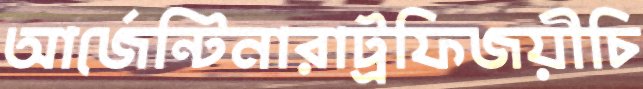
আর্জেন্টিনারাট্রফিজয়ীচি